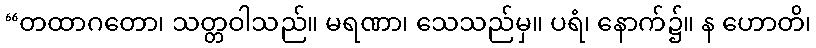
“တထာဂတော၊ သတ္တဝါသည်။ မရဏာ၊ သေသည်မှ။ ပရံ၊ နောက်၌။ န ဟောတိ၊